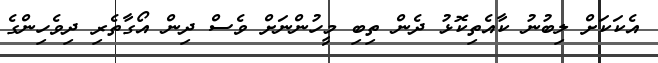
އެކަކަށް ލިބުނު ކާއެތިކޮޅު ދެން ތިބި މީހުންނަށް ވެސް ދިން އޯގާތެރި ދިވެހިންގެ